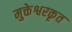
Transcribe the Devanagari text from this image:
मुक्तेश्वरकृत